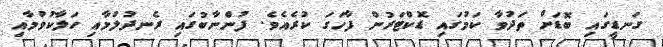
ގަނޑީގައި ބޮޑަށް ތަދުވާ ކަމުގައި ޑޮކްޓަރުން ފާހަގަ ކުރެއެވެ. ފުންނާބުގައި ރެނދުލުމާއި ހަލާކުވުމާއި